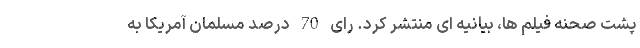
پشت صحنه فیلم ها، بیانیه ای منتشر کرد. رای 70 درصد مسلمان آمریکا به